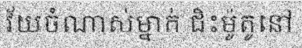
វ័យចំណាស់ម្នាក់ ជិះម៉ូតូនៅ